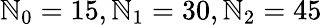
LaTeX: \mathbb{N}_{0}=15,\mathbb{N}_{1}=30,\mathbb{N}_{2}=45